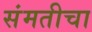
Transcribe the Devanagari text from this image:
संमतीचा